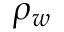
\rho _ { w }